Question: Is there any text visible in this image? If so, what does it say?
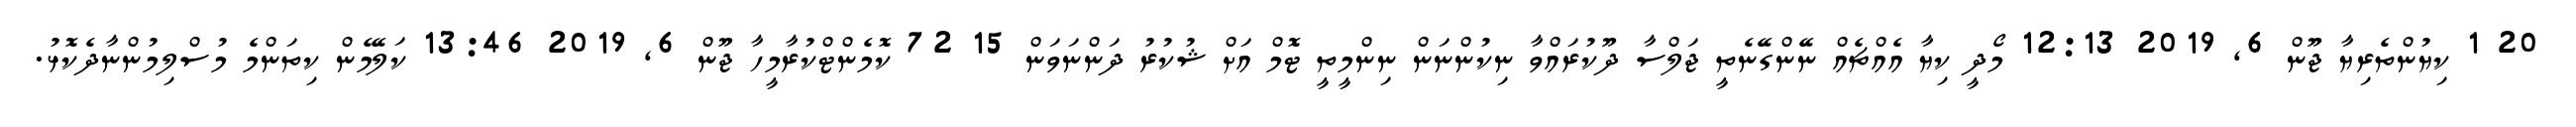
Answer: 20 1 ކިޔުންތެރިޔާ ޖޫން 6, 2019 12:13 މޯދީ ކިޔާ އެއްޗެއް ނޭންގޭނެތީ ޖަލްސާ ދޫކުރައްވާ ނިކުންނަން ނިންމީތީ ޓޮމް އަށް ޝުކުރު ދަންނަވަން 15 72 ކޮމެންޓްކުރާމީހާ ޖޫން 6, 2019 13:46 ކަލޭމެން ކިތަންމެ މުސްލިމުންނާދެކޮޅު.